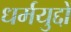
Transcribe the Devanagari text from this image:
धर्मयुद्दों